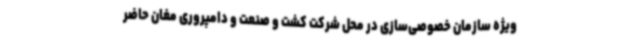
ویژه سازمان خصوصی‌سازی در محل شرکت کشت و صنعت و دامپروری مغان حاضر